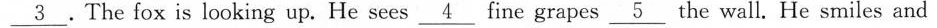
\underline{3} . The fox is looking up. He sees \underline{4} fine grapes \underline{5} the wall. He smiles and